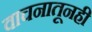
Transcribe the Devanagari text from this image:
वाचनातूनही